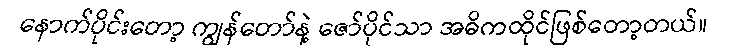
နောက်ပိုင်းတော့ ကျွန်တော်နဲ့ ဇော်ပိုင်သာ အဓိကထိုင်ဖြစ်တော့တယ်။